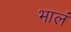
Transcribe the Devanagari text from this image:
भालं